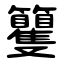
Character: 籰